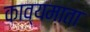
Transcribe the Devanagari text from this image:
काव्यमाता